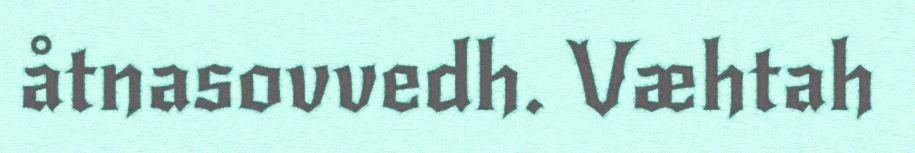
åtnasovvedh. Væhtah